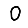
Digit: 0